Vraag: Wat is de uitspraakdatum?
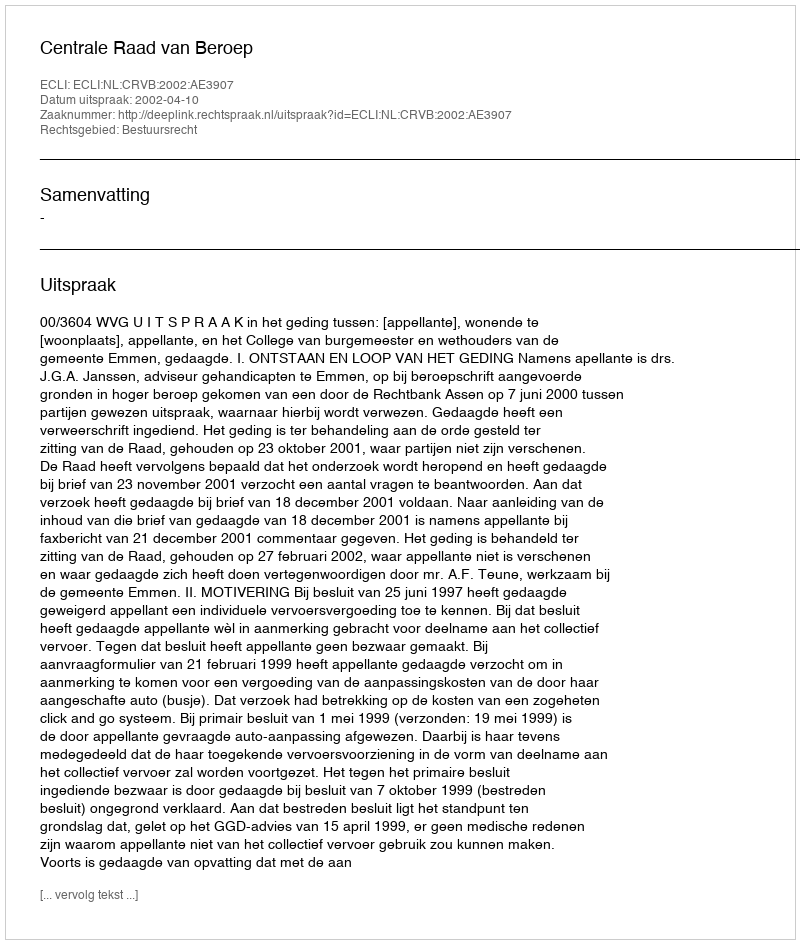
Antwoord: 2002-04-10